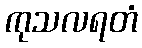
ကုသလရတံ